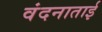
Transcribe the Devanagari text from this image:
वंदनाताई